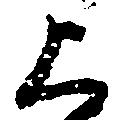
上